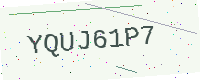
Text: YQUJ61P7